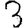
Digit: 3